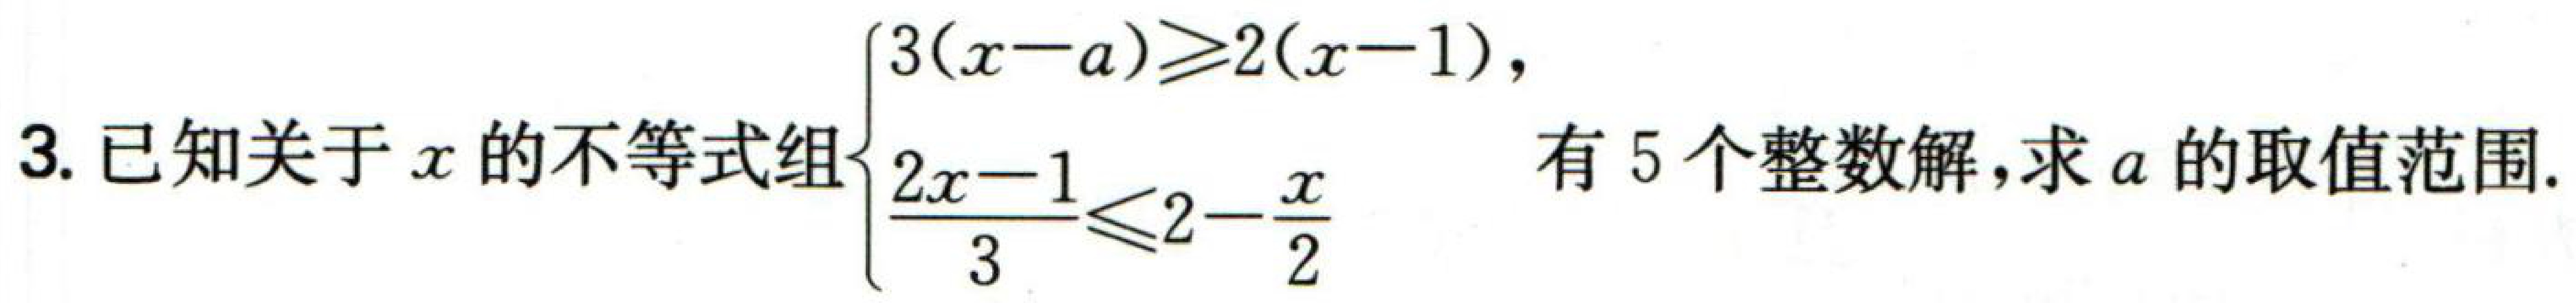
已知关于\(x\)的不等式组\(\begin{cases}3(x - a) \geq 2(x - 1)\\\dfrac{2x - 1}{3} \leq 2 - \dfrac{x}{2}\end{cases}\)，有\(5\)个整数解，求\(a\)的取值范围.